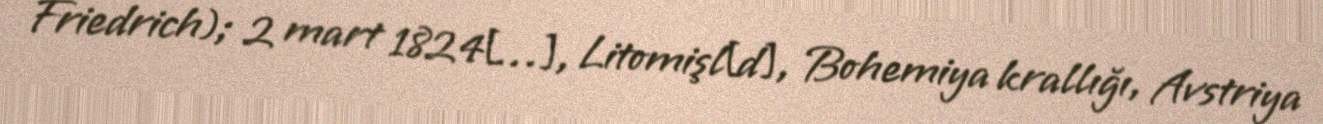
Friedrich); 2 mart 1824[…], Litomişl[d], Bohemiya krallığı, Avstriya